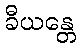
ခီယန္တေ